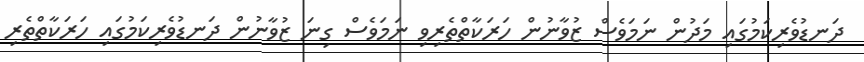
ދަނޑުވެރިކަމުގައި މަދުން ނަމަވެސް ޒުވާނުން ހަރަކާތްތެރިވި ނަމަވެސް ގިނަ ޒުވާނުން ދަނޑުވެރިކަމުގައި ހަރަކާތްތެރި